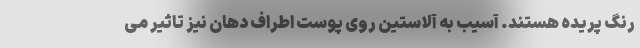
رنگ پریده هستند. آسیب به آلاستین روی پوست اطراف دهان نیز تاثیر می